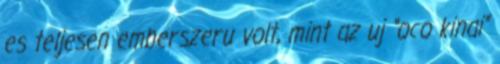
es teljesen emberszeru volt, mint az uj “oco kinai”